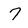
Character: 7